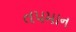
તપમાન